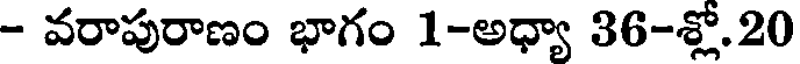
- వరాపురాణం భాగం 1-అధ్యా 36-శ్లో.20